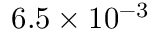
6 . 5 \times 1 0 ^ { - 3 }